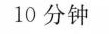
10分钟